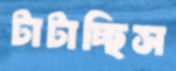
টাটাচ্ছিস